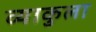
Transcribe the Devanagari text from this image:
व्याकुला